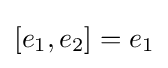
[e_{1},e_{2}]=e_{1}